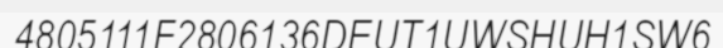
4805111F2806136DEUT1UWSHUH1SW6